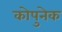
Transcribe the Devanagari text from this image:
कोपुनेक